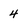
Character: 4